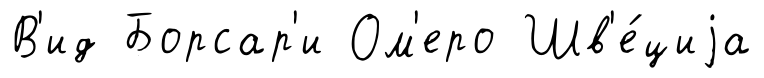
В'ид Борсар'и Ом'еро Шв'е́циjа